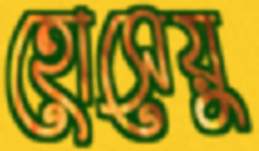
হোসেয়ু